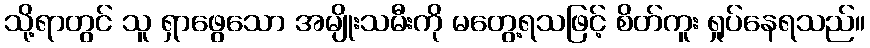
သို့ရာတွင် သူ ရှာဖွေသော အမျိုးသမီးကို မတွေ့ရသဖြင့် စိတ်ကူး ရှုပ်နေရသည်။